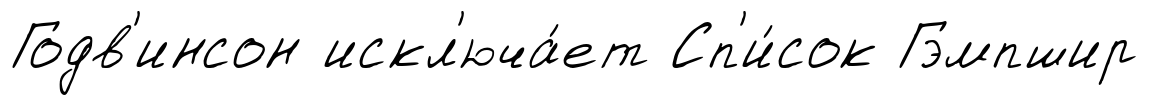
Годв'инсон искл'юча́ет Сп'и́сок Гэмпшир